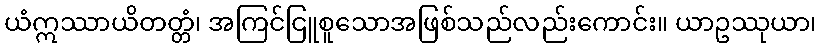
ယံဣဿာယိတတ္တံ၊ အကြင်ငြူစူသောအဖြစ်သည်လည်းကောင်း။ ယာဥဿုယာ၊